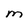
Character: M